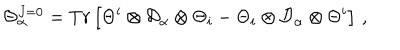
LaTeX: \Theta _ { \alpha } ^ { J = 0 } = T r \left[ \Theta ^ { i } \otimes { \cal D } _ { \alpha } \otimes \Theta _ { i } - \Theta _ { i } \otimes { \cal D } _ { \alpha } \otimes \Theta ^ { i } \right] \, ,